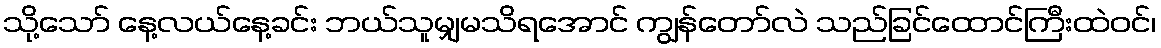
သို့သော် နေ့လယ်နေ့ခင်း ဘယ်သူမျှမသိရအောင် ကျွန်တော်လဲ သည်ခြင်ထောင်ကြီးထဲဝင်၊